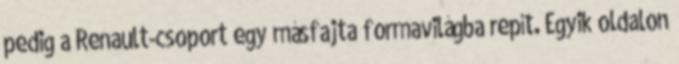
pedig a Renault-csoport egy másfajta formavilágba repít. Egyik oldalon